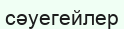
сәуегейлер